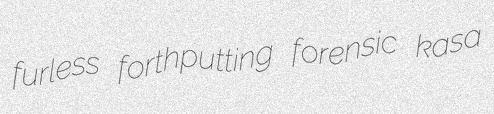
furless forthputting forensic kasa